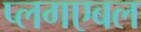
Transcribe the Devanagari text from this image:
प्लगएबल